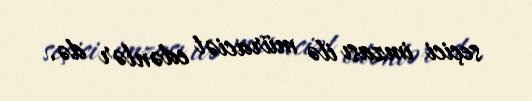
seçici imzası ilə müraciət edənlər də.